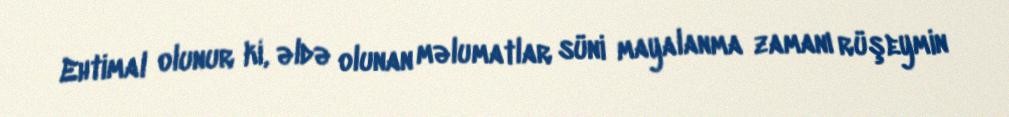
Ehtimal olunur ki, əldə olunan məlumatlar süni mayalanma zamanı rüşeymin